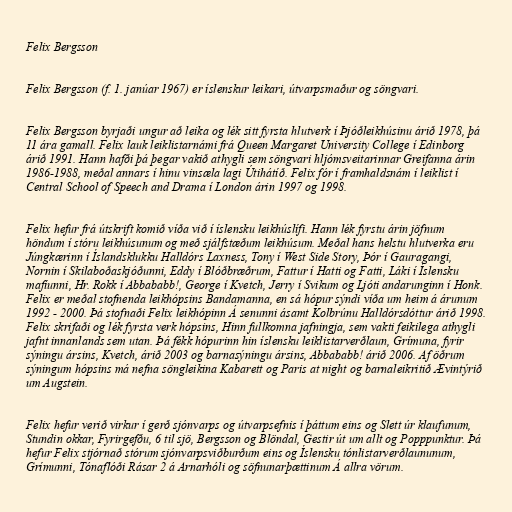
Felix Bergsson

Felix Bergsson (f. 1. janúar 1967) er íslenskur leikari, útvarpsmaður og söngvari.

Felix Bergsson byrjaði ungur að leika og lék sitt fyrsta hlutverk í Þjóðleikhúsinu árið 1978, þá
11 ára gamall. Felix lauk leiklistarnámi frá Queen Margaret University College í Edinborg
árið 1991. Hann hafði þá þegar vakið athygli sem söngvari hljómsveitarinnar Greifanna árin
1986-1988, meðal annars í hinu vinsæla lagi Útihátíð. Felix fór í framhaldsnám í leiklist í
Central School of Speech and Drama í London árin 1997 og 1998.

Felix hefur frá útskrift komið víða við í íslensku leikhúslífi. Hann lék fyrstu árin jöfnum
höndum í stóru leikhúsunum og með sjálfstæðum leikhúsum. Meðal hans helstu hlutverka eru
Júngkærinn í Íslandsklukku Halldórs Laxness, Tony í West Side Story, Þór í Gauragangi,
Nornin í Skilaboðaskjóðunni, Eddy í Blóðbræðrum, Fattur í Hatti og Fatti, Láki í Íslensku
mafíunni, Hr. Rokk í Abbababb!, George í Kvetch, Jerry í Svikum og Ljóti andarunginn í Honk.
Felix er meðal stofnenda leikhópsins Bandamanna, en sá hópur sýndi víða um heim á árunum
1992 - 2000. Þá stofnaði Felix leikhópinn Á senunni ásamt Kolbrúnu Halldórsdóttur árið 1998.
Felix skrifaði og lék fyrsta verk hópsins, Hinn fullkomna jafningja, sem vakti feikilega athygli
jafnt innanlands sem utan. Þá fékk hópurinn hin íslensku leiklistarverðlaun, Grímuna, fyrir
sýningu ársins, Kvetch, árið 2003 og barnasýningu ársins, Abbababb! árið 2006. Af öðrum
sýningum hópsins má nefna söngleikina Kabarett og Paris at night og barnaleikritið Ævintýrið
um Augstein.

Felix hefur verið virkur í gerð sjónvarps og útvarpsefnis í þáttum eins og Slett úr klaufunum,
Stundin okkar, Fyrirgefðu, 6 til sjö, Bergsson og Blöndal, Gestir út um allt og Popppunktur. Þá
hefur Felix stjórnað stórum sjónvarpsviðburðum eins og Íslensku tónlistarverðlaununum,
Grímunni, Tónaflóði Rásar 2 á Arnarhóli og söfnunarþættinum Á allra vörum.